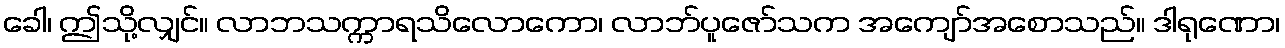
ခေါ၊ ဤသို့လျှင်။ လာဘသက္ကာရသိလောကော၊ လာဘ်ပူဇော်သက အကျော်အစောသည်။ ဒါရုဏော၊